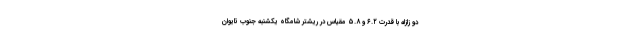
دو زلزله با قدرت ۶.۲ و ۵.۸ مقیاس در ریشتر شامگاه یکشنبه جنوب تایوان